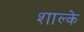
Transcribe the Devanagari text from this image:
शाल्के